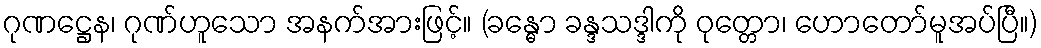
ဂုဏဋ္ဌေန၊ ဂုဏ်ဟူသော အနက်အားဖြင့်။ (ခန္ဓော ခန္ဒသဒ္ဒါကို ဝုတ္တော၊ ဟောတော်မူအပ်ပြီ။)